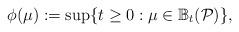
LaTeX: \begin{align*}\phi(\mu):=\sup \{t \geq 0: \mu \in \mathbb{B}_t(\mathcal{P}) \}, \end{align*}